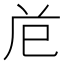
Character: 𭘊